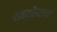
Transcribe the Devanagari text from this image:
शक्तींनाचा